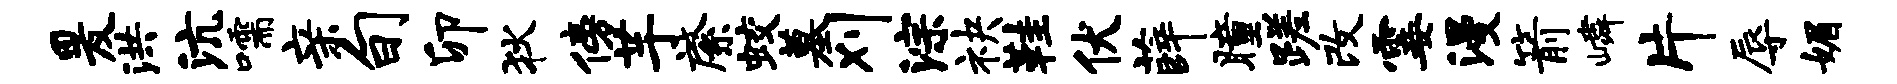
爰洪沆嚅亲旬卯狄傍芋綮蛟墓刈淙袂鞋伏薛瞳蹉改霎漫箭嶙片辱媚